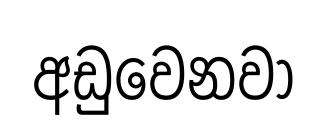
අඩුවෙනවා